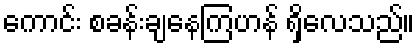
ကောင်း စခန်းချနေကြဟန် ရှိလေသည်။